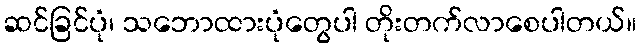
ဆင်ခြင်ပုံ၊ သဘောထားပုံတွေပါ တိုးတက်လာစေပါတယ်။